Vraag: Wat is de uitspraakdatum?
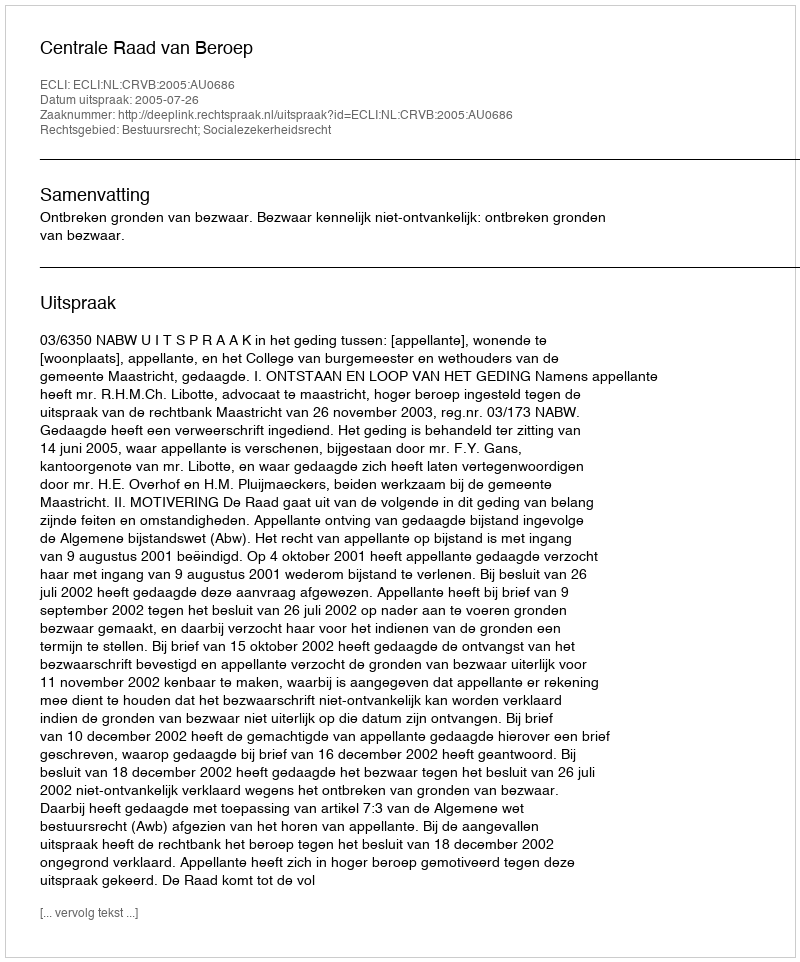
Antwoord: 2005-07-26